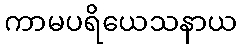
ကာမပရိယေသနာယ